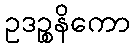
ဥဒဉ္စနိကော